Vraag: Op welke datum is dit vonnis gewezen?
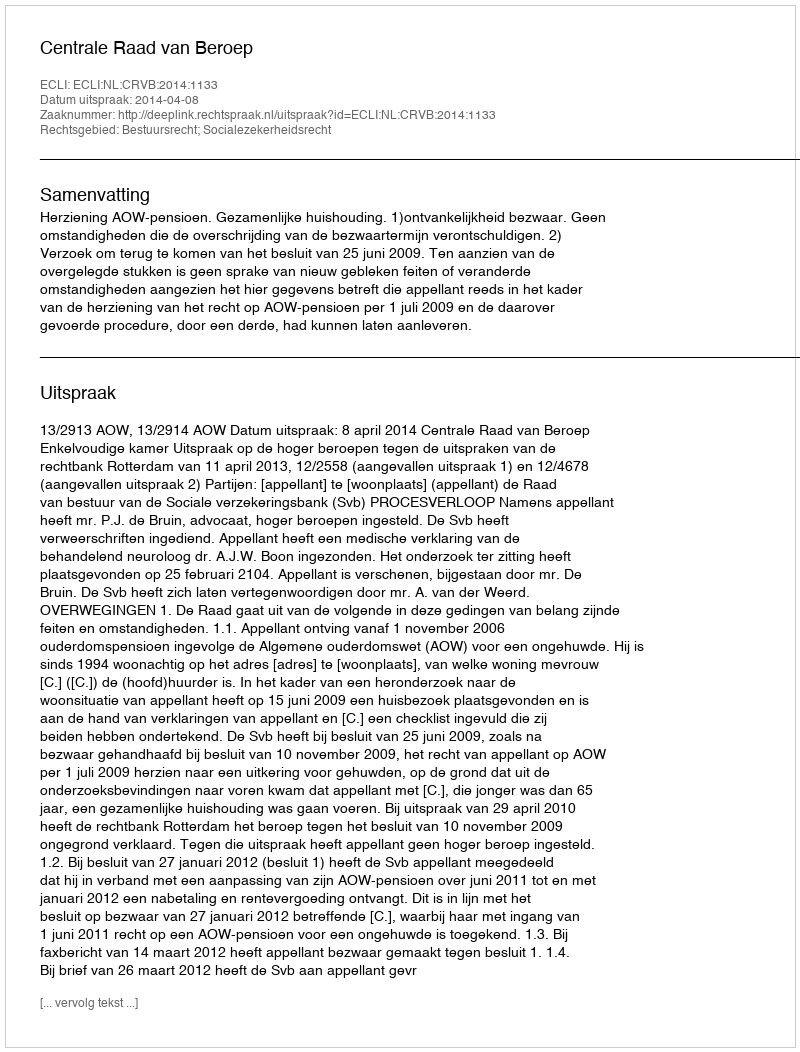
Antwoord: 2014-04-08